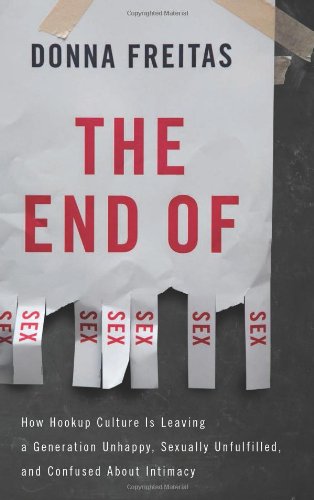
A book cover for The End of Sex: How Hookup Culture is Leaving a Generation Unhappy, Sexually Unfulfilled, and Confused About Intimacy; Donna Freitas; Self-Help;